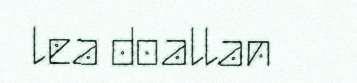
lea doallan